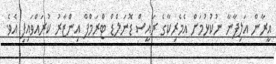
އީރާން އަލިފާނާ ނުކުޅުމަށް އެމެރިކާގެ ރައީސް ޑޮނަލްޑް ޓްރަމްޕް އިންޒާރު ކުރައްވައިފި އެވެ.